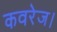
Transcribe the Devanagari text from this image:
कवरेज।